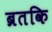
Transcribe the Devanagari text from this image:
ब्रतकि